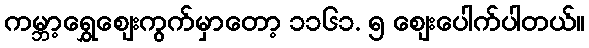
ကမ္ဘာ့ရွှေဈေးကွက်မှာတော့ ၁၁၆၁. ၅ ဈေးပေါက်ပါတယ်။